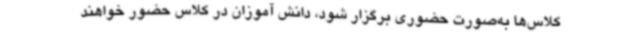
کلاس‌ها به‌صورت حضوری برگزار شود، دانش آموزان در کلاس حضور خواهند